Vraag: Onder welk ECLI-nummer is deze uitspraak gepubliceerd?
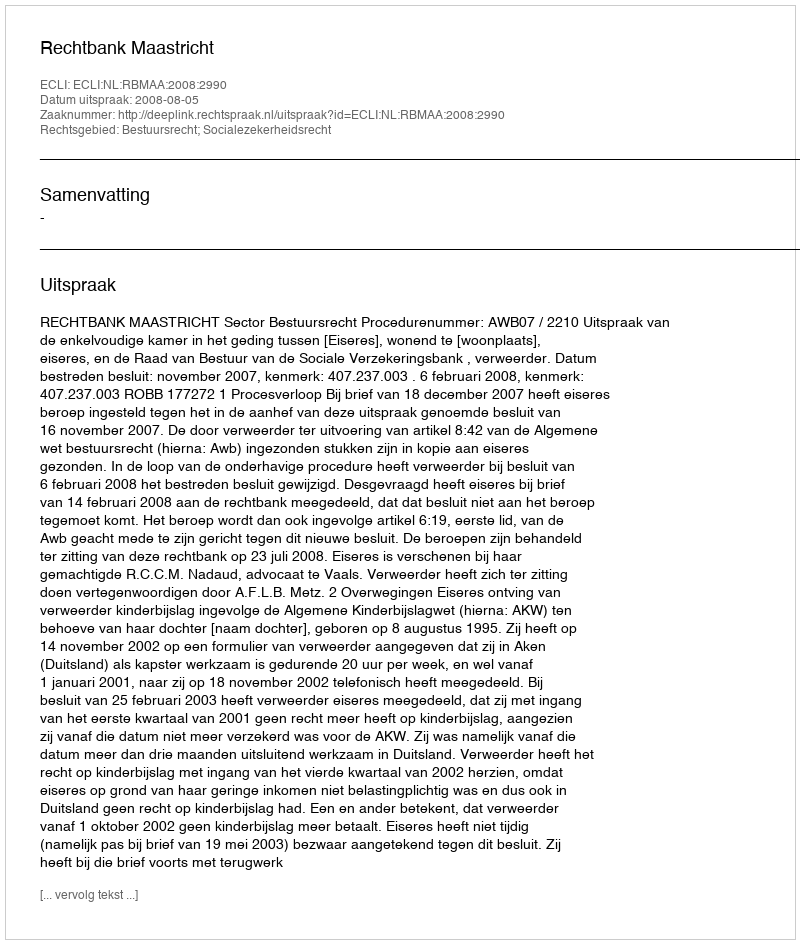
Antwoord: ECLI:NL:RBMAA:2008:2990